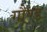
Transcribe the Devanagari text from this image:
गौण्ड